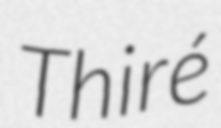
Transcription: Thiré